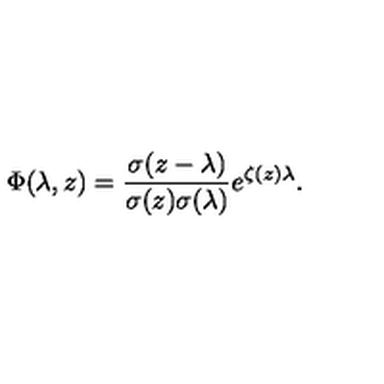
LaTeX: \Phi ( \lambda , z ) = \frac { \sigma ( z - \lambda ) } { \sigma ( z ) \sigma ( \lambda ) } e ^ { \zeta ( z ) \lambda } .